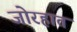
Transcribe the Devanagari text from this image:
जोरहात